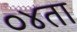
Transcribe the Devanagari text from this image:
०४ता